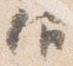
仰